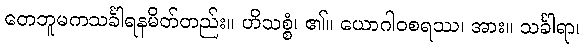
တေဘူမကသင်္ခါရနမိတ်တည်း။ ဟိသစ္စံ၊ ၏။ ယောဂါဝစရဿ၊ အား။ သင်္ခါရာ၊